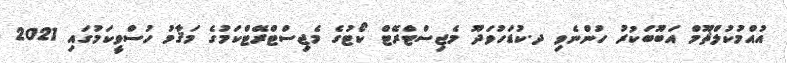
އުއްމުކުލްޘޫމް އަބޫބަކުރު ހުންނެވި ދ.ކުޑަހުވަދޫ މެޖިސްޓްރޭޓް ކޯޓުގެ މެޖިސްޓްރޭޓްކަމުގެ މަޤާމު ހުސްވީކަމުގައި 2021